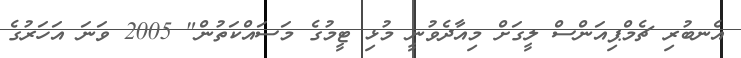
އެނބުރި ޗެމްޕިއަންސް ލީގަށް މިއާދެވުނީ މުޅި ޓީމުގެ މަސައްކަތުން" 2005 ވަނަ އަހަރުގެ